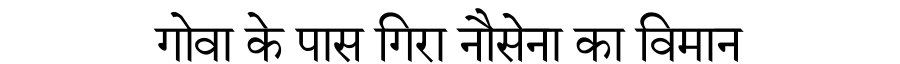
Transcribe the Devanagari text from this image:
गोवा के पास गिरा नौसेना का विमान